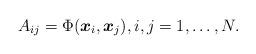
LaTeX: \begin{align*}A_{ij}= \Phi (\boldsymbol{x}_i , \boldsymbol{x}_j), i,j=1, \ldots, N.\end{align*}